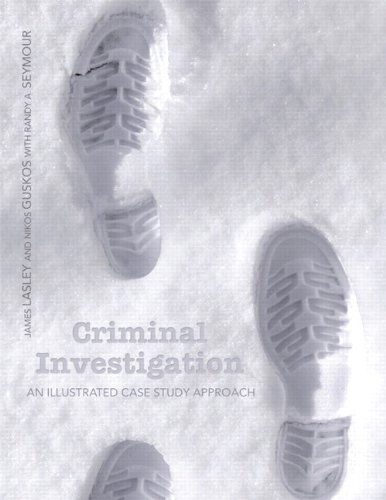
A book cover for Criminal Investigation: An Illustrated Case Study Approach; James R. Lasley; Law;